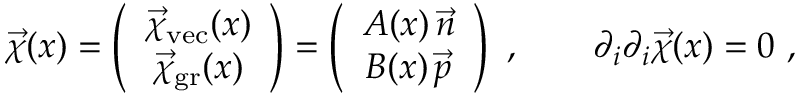
\vec { \chi } ( x ) = \left( \begin{array} { c } { { \vec { \chi } _ { \mathrm { v e c } } ( x ) } } \\ { { \vec { \chi } _ { \mathrm { g r } } ( x ) } } \end{array} \right) = \left( \begin{array} { c } { { A ( x ) \, \vec { n } } } \\ { { B ( x ) \, \vec { p } } } \end{array} \right) \ , \qquad \partial _ { i } \partial _ { i } \vec { \chi } ( x ) = 0 \ ,